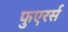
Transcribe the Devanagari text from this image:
फुएरर्स